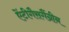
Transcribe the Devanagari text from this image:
ऐंटीगैसगैंग्रीन